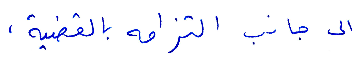
الى جانب التزامه بالقضية،